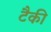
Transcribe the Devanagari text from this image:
टैकी